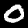
Digit: 0